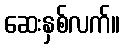
ဆေးနှစ်လက်။